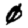
Digit: 0